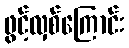
ဖွင့်လှစ်ကြောင်း